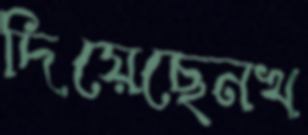
দিয়েছেনখ